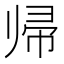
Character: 帰